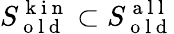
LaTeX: S_{\mathrm{~o~l~d~}}^{\mathrm{~k~i~n~}}\subset S_{\mathrm{~o~l~d~}}^{\mathrm{~a~l~l~}}